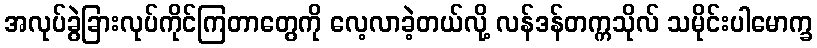
အလုပ်ခွဲခြားလုပ်ကိုင်ကြတာတွေကို လေ့လာခဲ့တယ်လို့ လန်ဒန်တက္ကသိုလ် သမိုင်းပါမောက္ခ